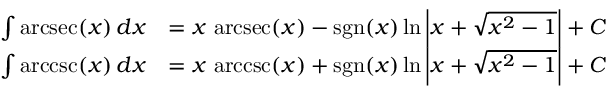
{ \begin{array} { r l } { \int \operatorname { a r c s e c } ( x ) \, d x } & { = x \, \operatorname { a r c s e c } ( x ) - \operatorname { s g n } ( x ) \ln \left| x + { \sqrt { x ^ { 2 } - 1 } } \right| + C } \\ { \int \operatorname { a r c c s c } ( x ) \, d x } & { = x \, \operatorname { a r c c s c } ( x ) + \operatorname { s g n } ( x ) \ln \left| x + { \sqrt { x ^ { 2 } - 1 } } \right| + C } \end{array} }